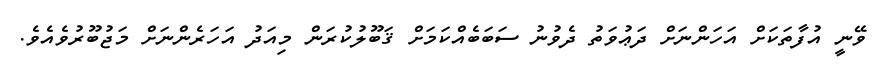
ވޭނީ އުފާތަކަށް އަހަންނަށް ދަޢުވަތު ދެވުނު ސަބަބެއްކަމަށް ޤަބޫލުކުރަން މިއަދު އަހަރެންނަށް މަޖުބޫރުވެއެވެ.